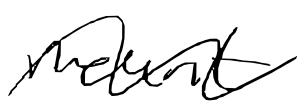
Text: mount
Cross-out: wave
Writing tool: digital_black